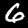
Digit: 6